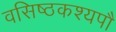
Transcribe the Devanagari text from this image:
वसिष्ठकश्यपौ